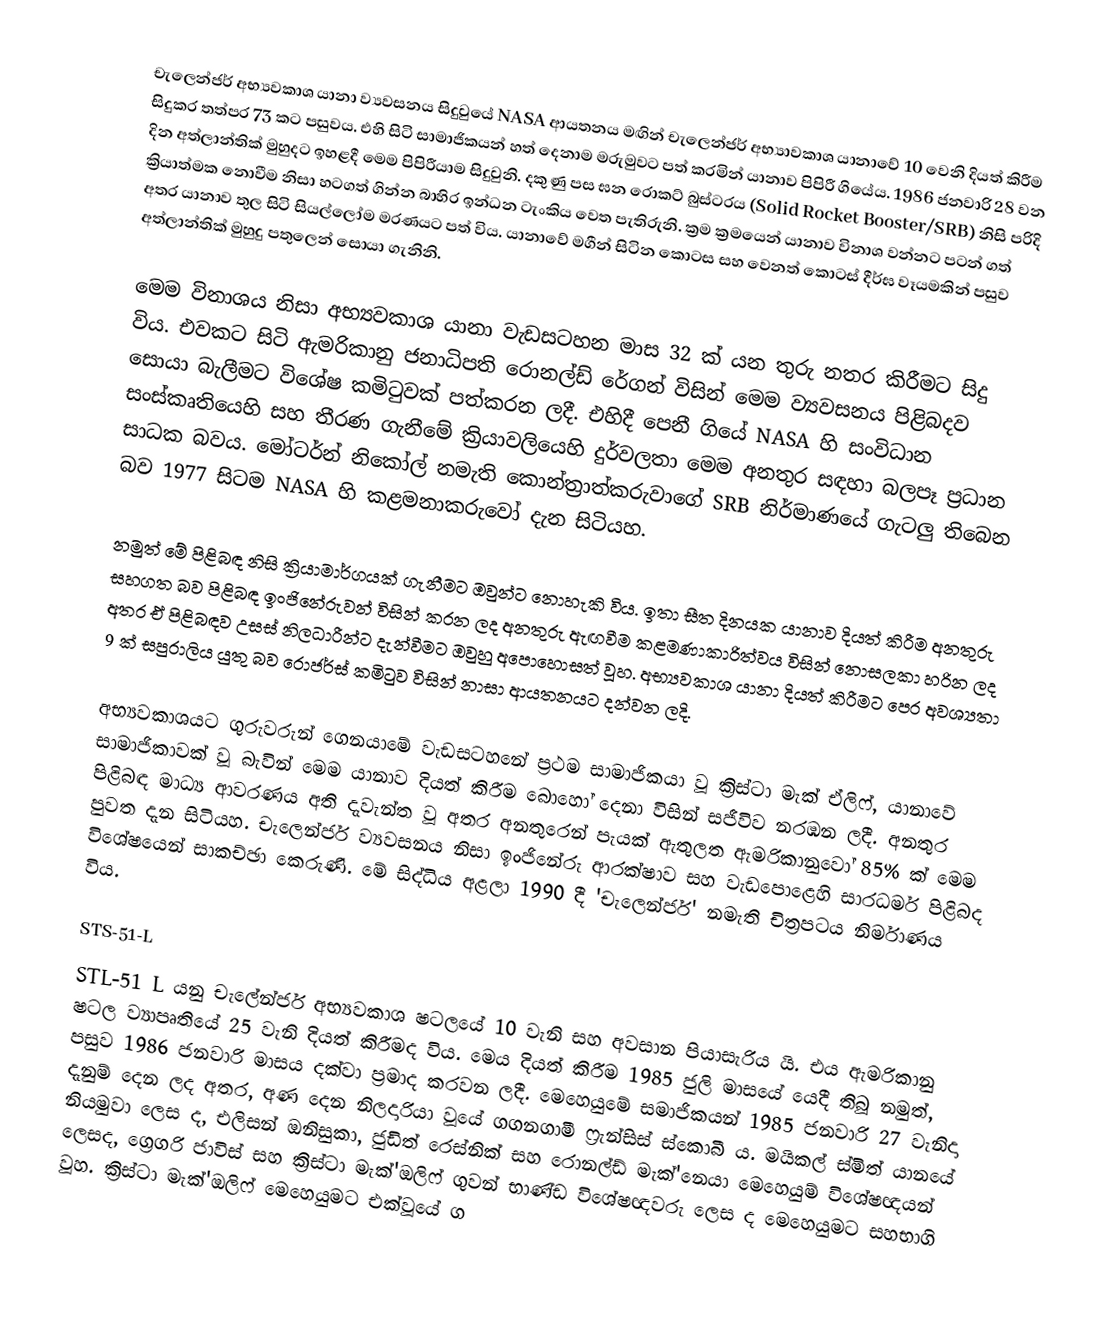
චැලෙන්ජර් අභ්‍යවකාශ යානා ව්‍යවසනය සිදුවුයේ NASA ආයතනය මඟින් චැලෙන්ජර් අභ්‍යාවකාශ යානාවේ 10 වෙනි දියත් කිරීම සිදුකර තත්පර 73 කට පසුවය. එහි සිටි සාමාජිකයන් හත් දෙනාම මරුමුවට පත් කරමින් යානාව පිපිරී ගියේය. 1986 ජනවාරි 28 වන දින අත්ලාන්තික් මුහුදට ඉහළදී මෙම පිපිරීයාම  සිදුවුනි. දකුණු පස ඝන රොකට් බුස්ටරය  (Solid Rocket Booster/SRB) නිසි පරිදි ක්‍රියාත්මක නොවීම නිසා හටගත් ගින්න බාහිර ඉන්ධන ටැංකිය වෙත පැතිරුනි. ක්‍රම ක්‍රමයෙන්  යානාව විනාශ වන්නට පටන් ගත් අතර යානාව තුල සිටි සියල්ලෝම මරණයට පත් විය. යානාවේ මගීන් සිටින කොටස සහ වෙනත් කොටස් දීර්ඝ වෑයමකින් පසුව අත්ලාන්තික් මුහුදු පතුලෙන් සොයා ගැනිනි.

මෙම විනාශය නිසා අභ්‍යවකාශ යානා වැඩසටහන මාස 32 ක් යන තුරු නතර කිරීමට සිදු විය. එවකට සිටි ඇමරිකානු ජනාධිපති රොනල්ඩ් රේගන් විසින්  මෙම ව්‍යවසනය පිළිබදව සොයා බැලීමට විශේෂ කමිටුවක් පත්කරන ලදී. එහිදී පෙනී ගියේ NASA හි සංවිධාන සංස්කෘතියෙහි සහ තීරණ ගැනීමේ ක්‍රියාවලියෙහි දුර්වලතා මෙම අනතුර  සඳහා බලපෑ ප්‍රධාන සාධක බවය.  මෝටර්න්  නිකෝල් නමැති කොන්ත්‍රාත්කරුවාගේ SRB නිර්මාණයේ ගැටලු තිබෙන බව 1977 සිටම NASA හි කළමනාකරුවෝ දැන සිටියහ.

නමුත් මේ පිළිබඳ නිසි ක්‍රියාමාර්ගයක් ගැනීමට ඔවුන්ට  නොහැකි විය. ඉතා සීත දිනයක යානාව දියත් කිරීම අනතුරු සහගත බව පිළිබඳ ඉංජිනේරුවන් විසින් කරන ලද අනතුරු ඇඟවීම කළමණාකාරිත්වය විසින් නොසලකා හරින ලද අතර ඒ පිළිබඳව උසස් නිලධාරීන්ට දැන්වීමට ඔවුහු අපොහොසත් වූහ.  අභ්‍යවකාශ යානා දියත් කිරීමට පෙර අවශ්‍යතා 9 ක් සපුරාලිය යුතු බව රොජර්ස් කමිටුව විසින් නාසා ආයතනයට දන්වන ලදි.

අභ්‍යවකාශයට ගුරුවරුන් ගෙනයාමේ වැඩසටහනේ ප්‍රථම සාමාජිකයා වූ ක්‍රිස්ටා මැක් ඒලිෆ්, යානාවේ සාමාජිකාවක් වූ බැවින් මෙම යානාව දියත් කිරීම බොහෝ දෙනා විසින් සජීවිව නරඹන ලදී. අනතුර පිළිබඳ මාධ්‍ය ආවරණය අති දැවැන්ත වූ අතර අනතුරෙන් පැයක් ඇතුලත  ඇමරිකානුවෝ 85%  ක් මෙම පුවත දැන සිටියහ. චැලෙන්ජර් ව්‍යවසනය නිසා ඉංජිනේරු ආරක්ෂාව සහ වැඩපොළෙහි සාරධර්ම පිළිබද විශේෂයෙන් සාකච්ඡා කෙරුණි.  මේ සිද්ධිය අළලා 1990 දී 'චැලෙන්ජර්' නමැති චිත්‍රපටය නිර්මාණය විය.

STS-51-L
STL-51 L යනු චැලේන්ජර් අභ්‍යවකාශ ෂටලයේ 10 වැනි සහ අවසාන පියාසැරිය යි. එය ඇමරිකානු ෂටල ව්‍යාපෘතියේ 25 වැනි දියත් කිරීමද විය. මෙය දියත් කිරීම 1985 ජුලි මාසයේ යෙදී තිබූ නමුත්, පසුව 1986 ජනවාරි මාසය දක්වා ප්‍රමාද කරවන ලදී. මෙහෙයුමේ සමාජිකයන් 1985 ජනවාරි 27 වැනිදා දැනුම් දෙන ලද අතර, අණ දෙන නිලදාරියා වූයේ ගගනගාමී ෆ්‍රැන්සිස් ස්කොබී ය. මයිකල් ස්මිත් යානයේ නියමුවා ලෙස ද, එලිසන් ඔනිසුකා, ජුඩිත් රෙස්නික් සහ රොනල්ඩ් මැක්'නෙයා මෙහෙයුම් විශේෂඥයන් ලෙසද, ග්‍රෙගරි ජාවිස් සහ ක්‍රිස්ටා මැක්'ඔලිෆ් ගුවන් භාණ්ඩ විශේෂඥවරු ලෙස ද මෙහෙයුමට සහභාගි වූහ. ක්‍රිස්ටා මැක්'ඔලිෆ් මෙහෙයුමට එක්වූයේ ග